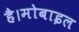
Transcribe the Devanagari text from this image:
है।मोबाइल